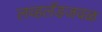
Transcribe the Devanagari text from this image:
लव्हलँडजवळ